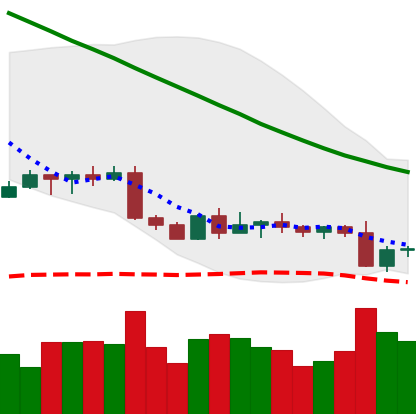
Ticker: BTC-USD
Chart end date: 2022-09-08
Forward return: 5.002%
Label: up_5_7